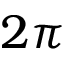
2 \pi